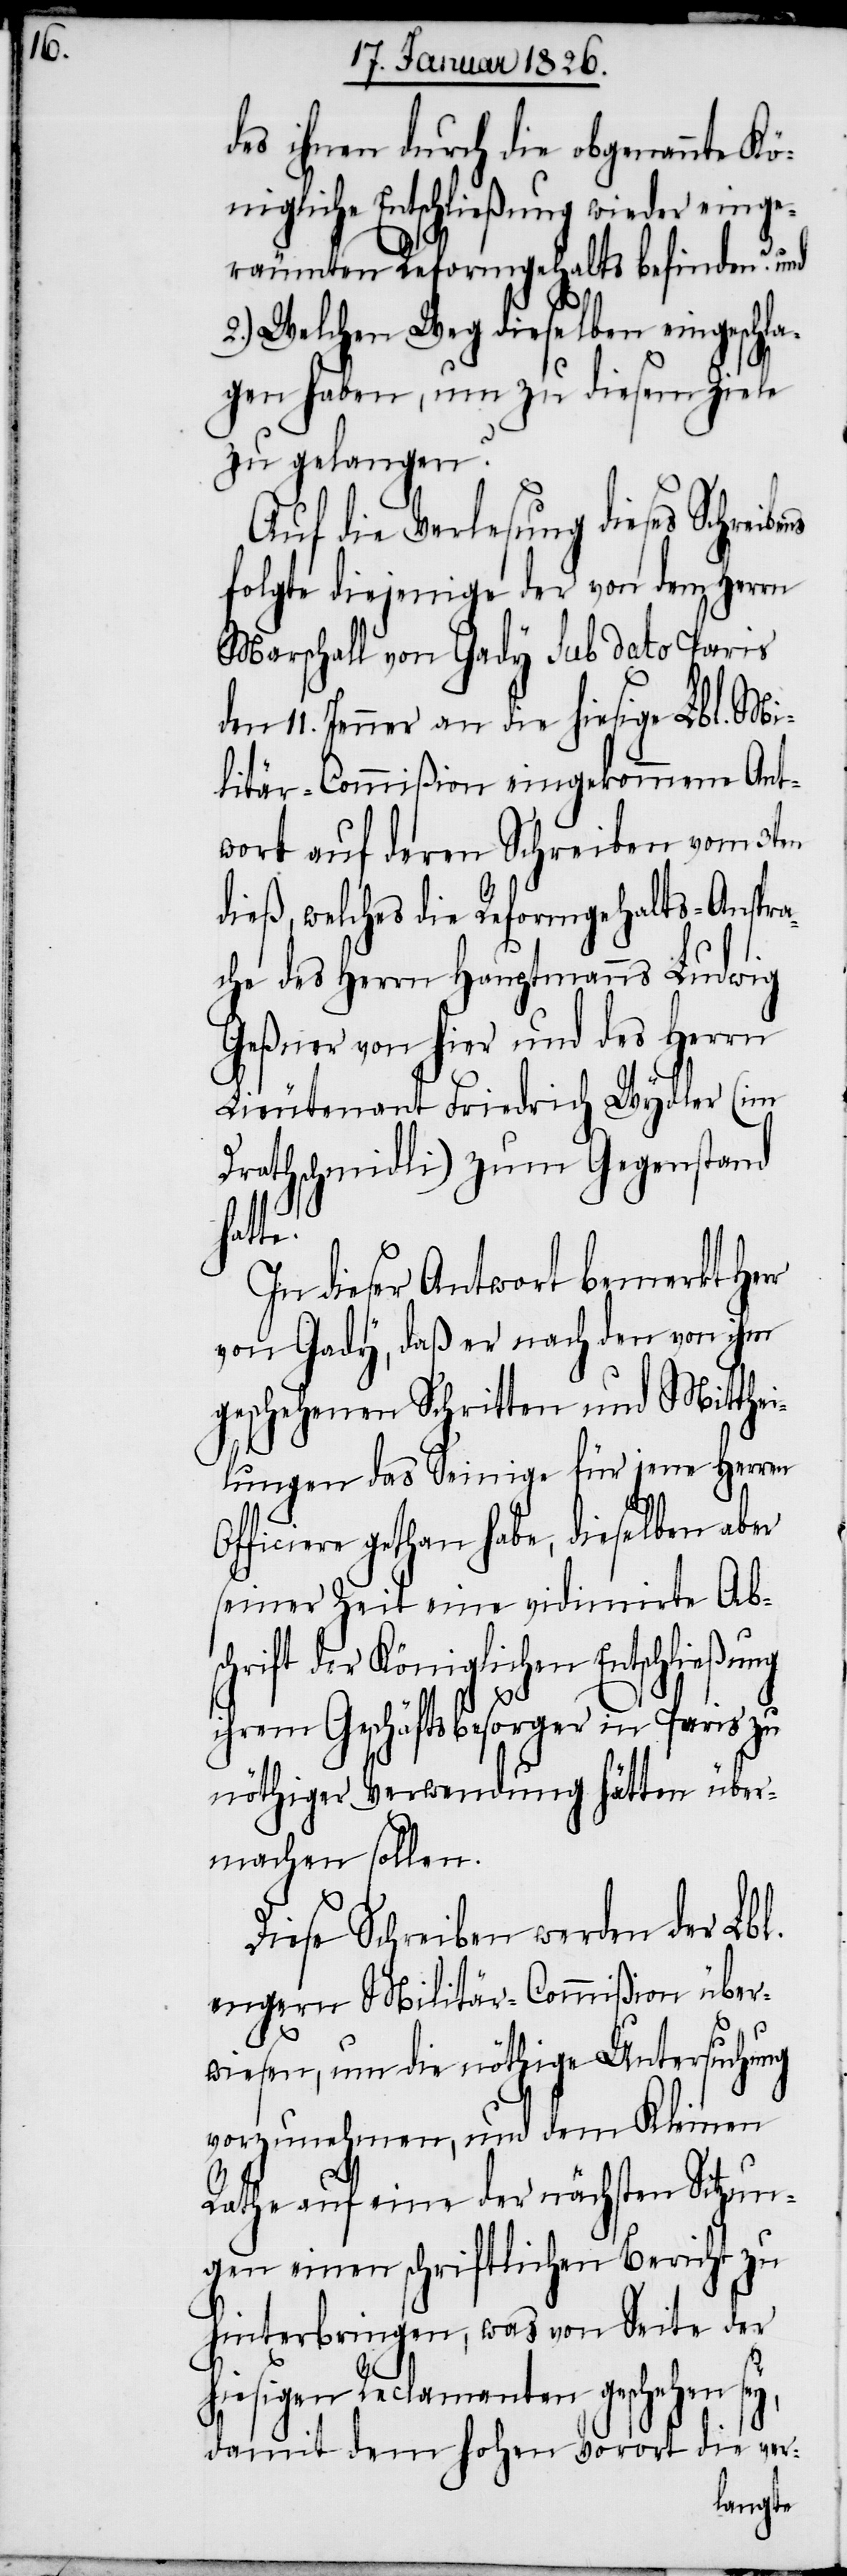
ns

des ihnen durch die obgenannte Kö¬
nigliche Entschließung wieder einge¬
räumten Reformgehalts befinden? und
2.) Welchen Weg dieselben eingeschla¬
gen haben, um zu diesem Ziele
zu gelangen?
Auf die Verlesung dieses Schreibe¬
folgte diejenige der von dem Herrn
Marschall von Gady sub dato Paris
11. Jenner an die hiesige Lbl. Mi¬
litär-Commißion eingekommene Ant¬
wort auf deren Schreiben vom 3ten
dieß, welches die Reformgehalts-Anspra¬
che des Herrn Hauptmanns Ludwig
Geßner von hier und des Herrn
Lieutenant Friedrich Wydler (im
Drathschmidli) zum Gegenstand
hatte.
In dieser Antwort bemerkt Herr
von Gady, daß er nach den von ihm
geschehenen Schritten und Mitthe¬
ilung das Seinige für jene Herren
Officiere gethan habe, dieselben aber
seiner Zeit eine vidimirte Abs¬
chrift der Königlichen Entschließung
ihrem Geschäftsbesorger in Paris zu
nöthiger Verwendung hätten über¬
machen sollen.
Diese Schreiben werden der Lbl.
engern Militär-Commißion über¬
wiesen, um die nöthige Untersuchung
vorzunehmen, und dem Kleinen
Rathe auf eine der nächsten Sitzun¬
gen einen schriftlichen Bericht zu
hinterbringen, was von Seite der
hiesigen Reclamanten geschehen sey,
damit dem hohen Vorort die ver-